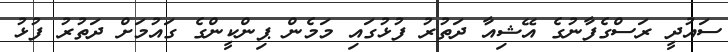
ސައުދީ ރަސްގެފާނުގެ އޭޝިއާ ދަތުރު ފުޅުގައި މަމެން ޕިންކީންގެ ގައުމަށް ދަތުރު ފުޅު